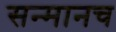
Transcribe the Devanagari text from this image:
सन्मानच